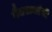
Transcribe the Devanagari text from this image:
वैद्यराजांनी